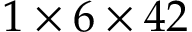
1 \times 6 \times 4 2